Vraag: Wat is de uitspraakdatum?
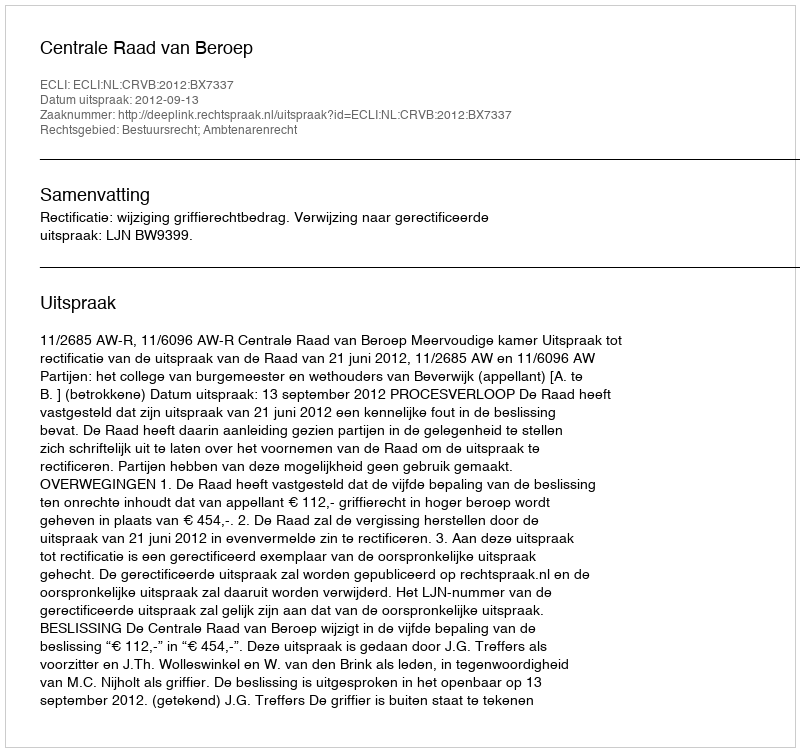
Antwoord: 2012-09-13